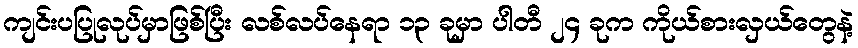
ကျင်းပပြုလုပ်မှာဖြစ်ပြီး လစ်လပ်နေရာ ၁၃ ခုမှာ ပါတီ ၂၄ ခုက ကိုယ်စားလှယ်တွေနဲ့